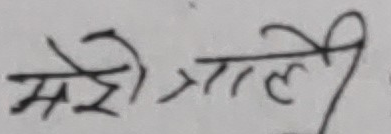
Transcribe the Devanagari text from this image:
मेरो गाले